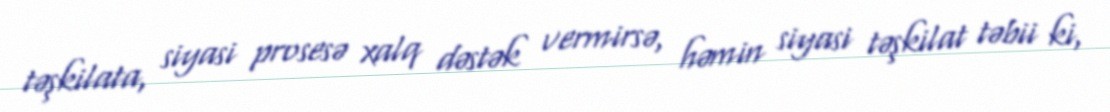
təşkilata, siyasi prosesə xalq dəstək vermirsə, həmin siyasi təşkilat təbii ki,